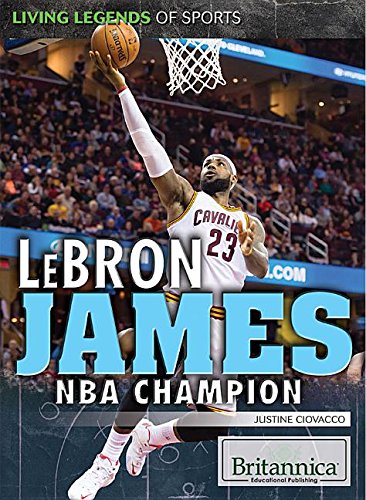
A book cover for Lebron James: NBA Champion (Living Legends of Sports); Justine Ciovacco; Biographies & Memoirs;